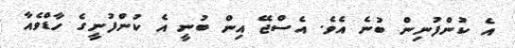
އެ ކުންފުނިން ބުނެ އެވެ. އެސްޖޭ އިން ބުނީ އެ ކުންފުނީގެ ހާޑްވެއާ